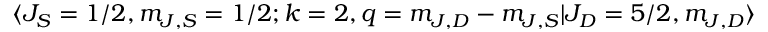
\langle J _ { S } = 1 / 2 , m _ { J , S } = 1 / 2 ; k = 2 , q = m _ { J , D } - m _ { J , S } \lvert J _ { D } = 5 / 2 , m _ { J , D } \rangle